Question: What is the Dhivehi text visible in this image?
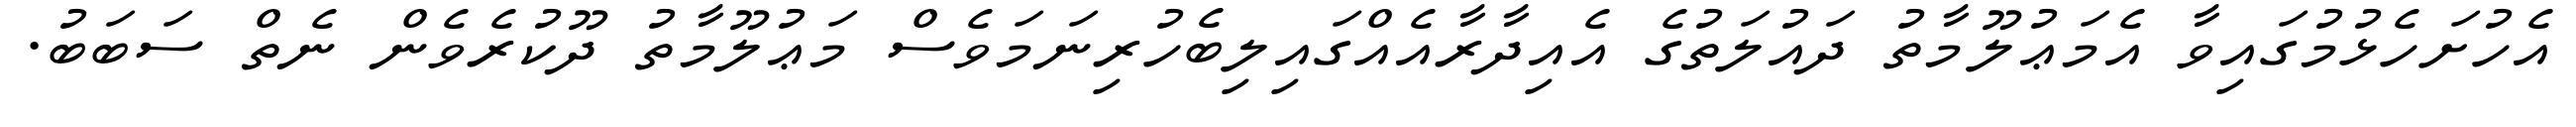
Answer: އެހުށަހެޅުމުގައިވާ އެމަޢުލޫމާތު ދައުލަތުގެ އެއިދާރާއެއްގައިލިބެހުރިނަމަވެސް މަޢުލޫމާތު ދޫކުރެވެން ނެތް ސަބަބު.